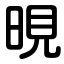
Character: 晛